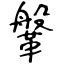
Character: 鞶